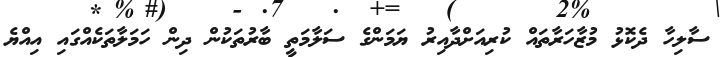
ސާލިހާ ދެކޮޅު މުޒާހަރާތައް ކުރިއަށްދާއިރު ޔަމަންގެ ސަލާމަތީ ބާރުތަކުން ދިން ހަމަލާތަކެއްގައި އިއްޔެ